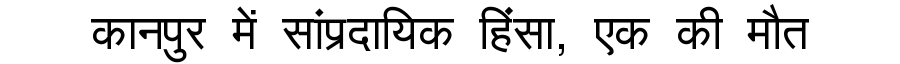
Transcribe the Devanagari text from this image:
कानपुर में सांप्रदायिक हिंसा, एक की मौत